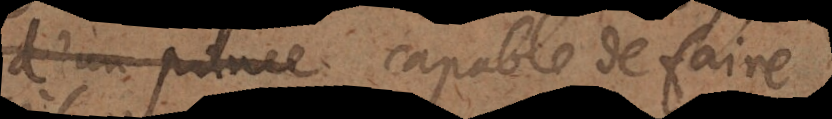
nce capable de faire